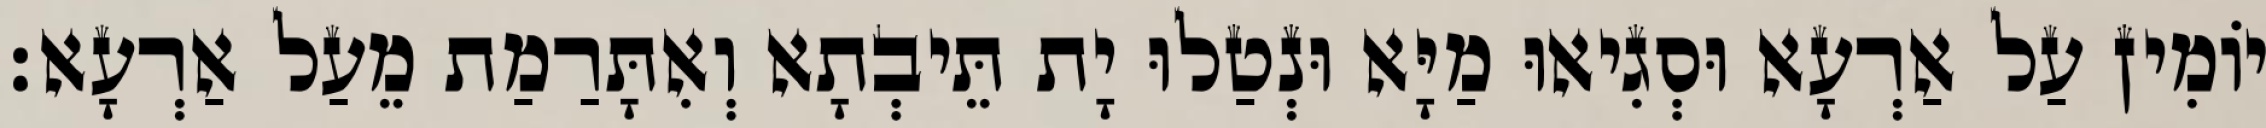
יוֹמִין עַל אַרְעָא וּסְגִיאוּ מַיָּא וּנְטַלוּ יָת תֵּיבְתָא וְאִתָּרַמַת מֵעַל אַרְעָא׃